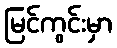
မြင်ကွင်းမှာ